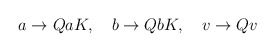
\begin{align*} a \rightarrow QaK, \quad b \rightarrow QbK, \quad v \rightarrow Qv\end{align*}